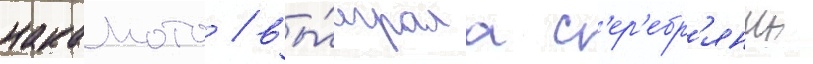
накамото / вы́играла с'ер'ебр'яныи